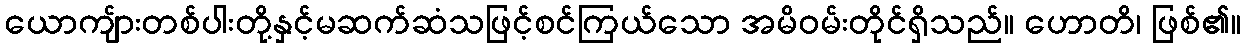
ယောကျ်ားတစ်ပါးတို့နှင့်မဆက်ဆံသဖြင့်စင်ကြယ်သော အမိဝမ်းတိုင်ရှိသည်။ ဟောတိ၊ ဖြစ်၏။